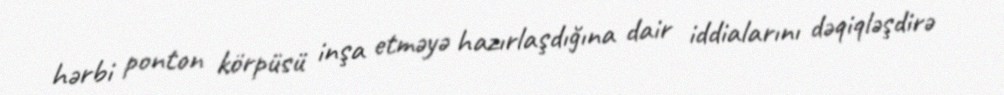
hərbi ponton körpüsü inşa etməyə hazırlaşdığına dair iddialarını dəqiqləşdirə